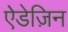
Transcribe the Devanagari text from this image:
ऐडेज़िन